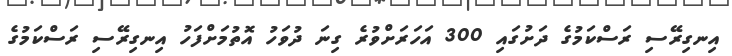
އިނގިރޭސި ރަސްކަމުގެ ދަށުގައި 300 އަހަރަށްވުރެ ގިނަ ދުވަހު އޮތުމަށްފަހު އިނގިރޭސި ރަސްކަމުގެ